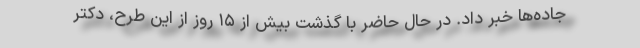
جاده‌ها خبر داد. در حال حاضر با گذشت بیش از ۱۵ روز از این طرح، دکتر